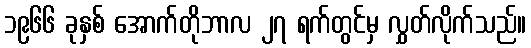
၁၉၆၆ ခုနှစ် အောက်တိုဘာလ ၂၇ ရက်တွင်မှ လွှတ်လိုက်သည်။